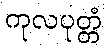
ကုလပုတ္တံ